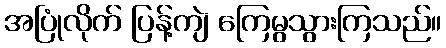
အပြုံလိုက် ပြန့်ကျဲ ကြေမွသွားကြသည်။